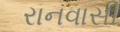
રાનવાસી